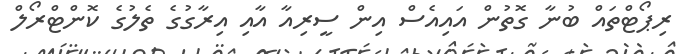
ރިޕޯޓްތައް ބުނާ ގޮތުން އައިއެސް އިން ސީރިއާ އާއި އިރާގުގެ ތެލުގެ ކޮންޓްރޯލް